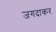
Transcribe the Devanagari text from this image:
जगदाकर